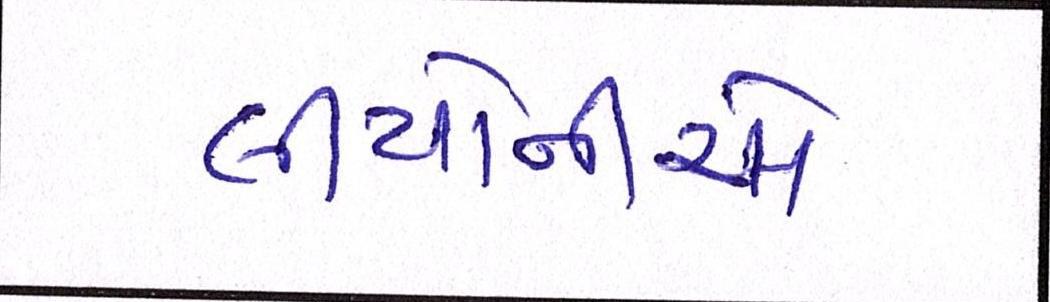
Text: લીયોનીએ